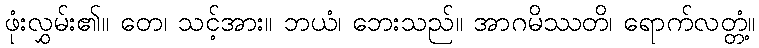
ဖုံးလွှမ်း၏။ တေ၊ သင့်အား။ ဘယံ၊ ဘေးသည်။ အာဂမိဿတိ၊ ရောက်လတ္တံ့။